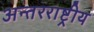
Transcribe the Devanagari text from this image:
अन्‍तरराष्ट्रीय